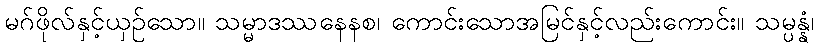
မဂ်ဖိုလ်နှင့်ယှဉ်သော။ သမ္မာဒဿနေနစ၊ ကောင်းသောအမြင်နှင့်လည်းကောင်း။ သမ္ပန္နံ၊